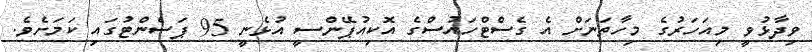
ވިދާޅުވީ މިއަހަރުގެ މިހާތަނަށް އެ ގެސްޓްހައުސްގެ އޮކިއުޕޭންސީ އުޅެނީ 95 ޕަސެންޓުގައި ކަމަށެވެ.